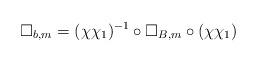
LaTeX: \begin{align*}\Box_{b,m}&=(\chi\chi_1)^{-1}\circ\Box_{B,m}\circ(\chi\chi_1)\end{align*}